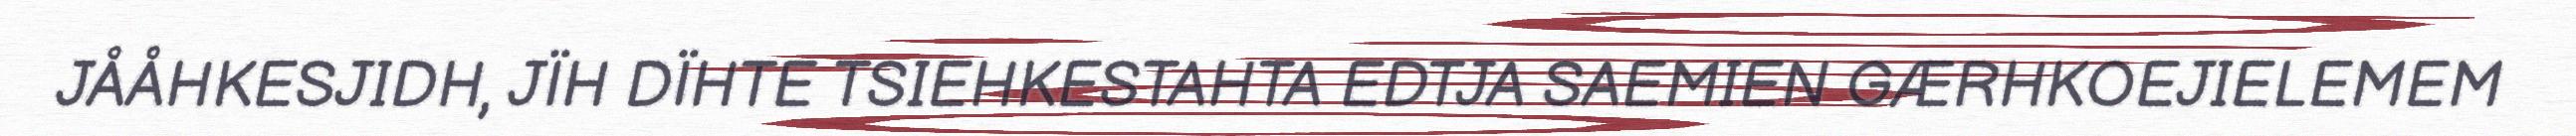
JÅÅHKESJIDH, JÏH DÏHTE TSIEHKESTAHTA EDTJA SAEMIEN GÆRHKOEJIELEMEM